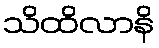
သိထိလာနိ